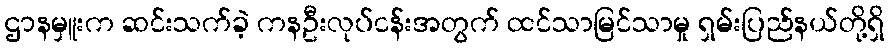
ဌာနမှူးက ဆင်းသက်ခဲ့ ကနဦးလုပ်ငန်းအတွက် ထင်သာမြင်သာမှု ရှမ်းပြည်နယ်တို့ရှိ